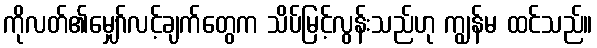
ကိုလတ်၏မျှော်လင့်ချက်တွေက သိပ်မြင့်လွန်းသည်ဟု ကျွန်မ ထင်သည်။